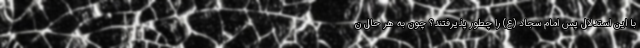
با این استدلال پس امام سجاد (ع) را چطور پذیرفتند؟ چون به هر حال ن